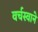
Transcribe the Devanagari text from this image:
वर्चस्वाने